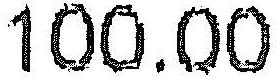
100.00